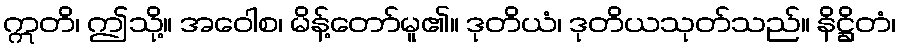
ဣတိ၊ ဤသို့။ အဝေါစ၊ မိန့်တော်မူ၏။ ဒုတိယံ၊ ဒုတိယသုတ်သည်။ နိဋ္ဌိတံ၊